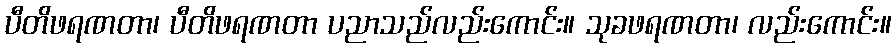
ပီတိဖရဏတာ၊ ပီတိဖရဏတာ ပညာသည်လည်းကောင်း။ သုခဖရဏတာ၊ လည်းကောင်း။